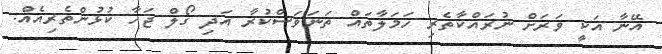
އޭނާ އަކީ ވަރަށް ނުރައްކާތެރި ހަމަލާތައް ތަނަވަސްކުރާ އަދި ގޯލް ޖަހާ ކުޅުންތެރިއެއް.